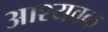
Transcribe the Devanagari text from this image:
आश्यवक